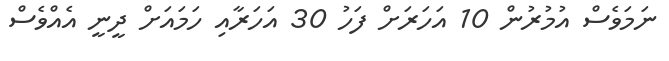
ނަމަވެސް އުމުރުން 10 އަހަރަށް ފަހު 30 އަހަރާއި ހަމައަށް ދީނީ އެއްވެސް